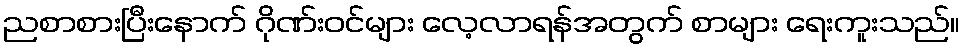
ညစာစားပြီးနောက် ဂိုဏ်းဝင်များ လေ့လာရန်အတွက် စာများ ရေးကူးသည်။